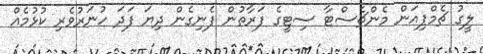
ލީގު ޗެމްޕިއަން މެންޗެސްޓާ ސިޓީގެ ފަރާތުން ފެނިގެން ދިޔަ ފަދަ ހުނަރުވެރި ކުޅުމެއް